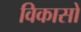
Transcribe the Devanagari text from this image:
विकासों